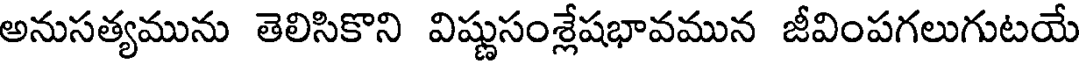
అనుసత్యమును తెలిసికొని విష్ణుసంశ్లేషభావమున జీవింపగలుగుటయే